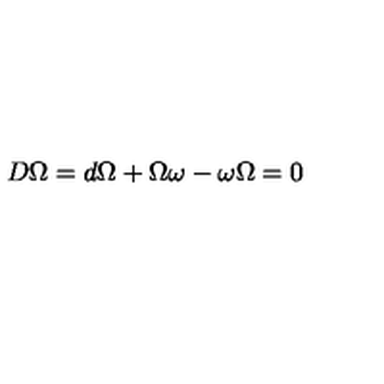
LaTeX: D \Omega = d \Omega + \Omega \omega - \omega \Omega = 0